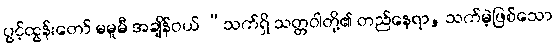
ပွင့်ထွန်းတော် မမူမီ အချိန်ဝယ် “သက်ရှိ သတ္တဝါတို့၏ တည်နေရာ, သက်မဲ့ဖြစ်သော